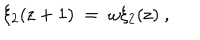
LaTeX: \xi _ { 2 } ( \mathrm { z } + 1 ) \ = \ \omega \xi _ { 2 } ( \mathrm { z } ) \ ,